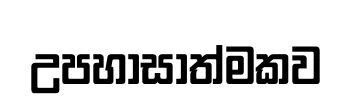
උපහාසාත්මකව